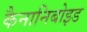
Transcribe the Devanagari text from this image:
कैनानिबोइड